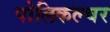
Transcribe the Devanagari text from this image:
पोलिकल्चर